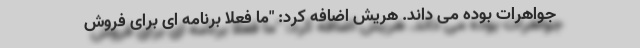
جواهرات بوده می داند. هریش اضافه کرد: "ما فعلاً برنامه ای برای فروش